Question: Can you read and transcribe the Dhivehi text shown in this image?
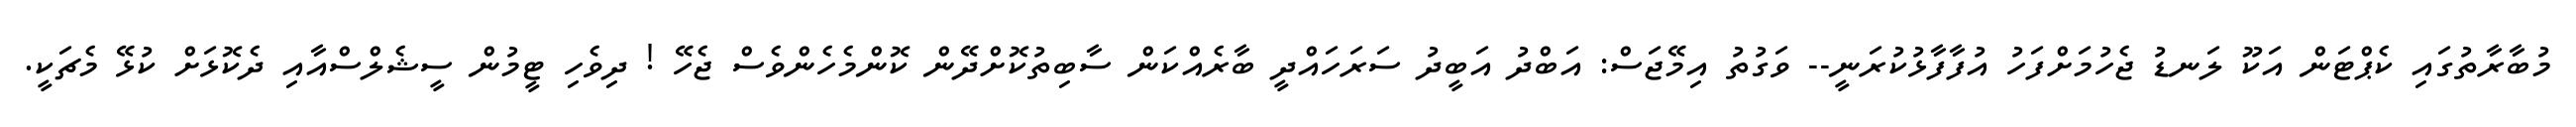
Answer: މުބާރާތުގައި ކެޕްޓަން އަކޫ ލަނޑު ޖެހުމަށްފަހު އުފާފާޅުކުރަނީ-- ވަގުތު އިމޭޖަސް: އަބްދު އަބީދު ސަރަހައްދީ ބާރެއްކަން ސާބިތުކޮށްދޭން ކޮންމެހެންވެސް ޖެހޭ ! ދިވެހި ޓީމުން ސީޝެލްސްއާއި ދެކޮޅަށް ކުޅޭ މެޗަކީ.